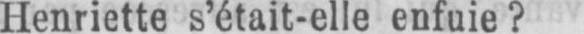
Henriette s’était-elle enfuie?